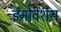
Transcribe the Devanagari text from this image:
इनोवेंशंस